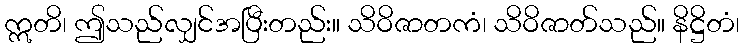
ဣတိ၊ ဤသည်လျှင်အပြီးတည်း။ သိဝိဇာတကံ၊ သိဝိဇာတ်သည်။ နိဋ္ဌိတံ၊